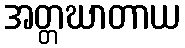
အတ္တဃာတာယ